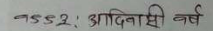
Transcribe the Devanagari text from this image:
१९९२: आदिवासी वर्ष